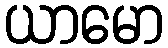
ယာမော